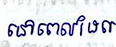
នៅពេលដែល